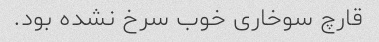
قارچ سوخاری خوب سرخ نشده بود.